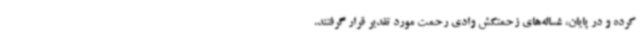
کرده و در پایان، غساله‌های زحمتکش وادی رحمت مورد تقدیر قرار گرفتند.